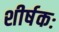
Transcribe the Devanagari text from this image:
शीर्षकः